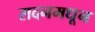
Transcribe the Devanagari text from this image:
सदनमधून